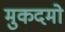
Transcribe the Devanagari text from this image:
मुकदमो